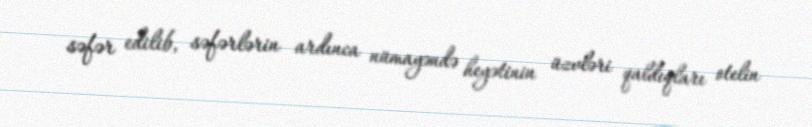
səfər edilib, səfərlərin ardınca nümayəndə heyətinin üzvləri qaldıqları otelin